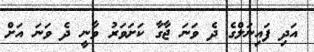
އަދި ފައިނަލްގެ ދެ ވަނަ ޖާގާ ކަށަވަރު ވާނީ ދެ ވަނަ އަށް